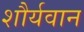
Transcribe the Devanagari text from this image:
शौर्यवान